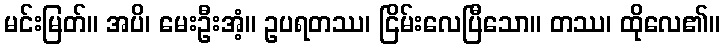
မင်းမြတ်။ အပိ၊ မေးဦးအံ့။ ဥပရတဿ၊ ငြိမ်းလေပြီသော။ တဿ၊ ထိုလေ၏။